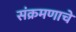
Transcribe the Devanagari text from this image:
संक्रमणाचे